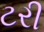
ટરી